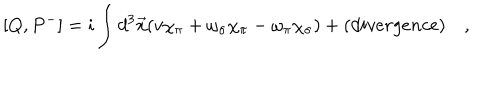
[ Q , P ^ { - } ] = i \int d ^ { 3 } \vec { x } ( v \chi _ { \pi } + \omega _ { \sigma } \chi _ { \pi } - \omega _ { \pi } \chi _ { \sigma } ) + ( d i v e r g e n c e ) \quad ,